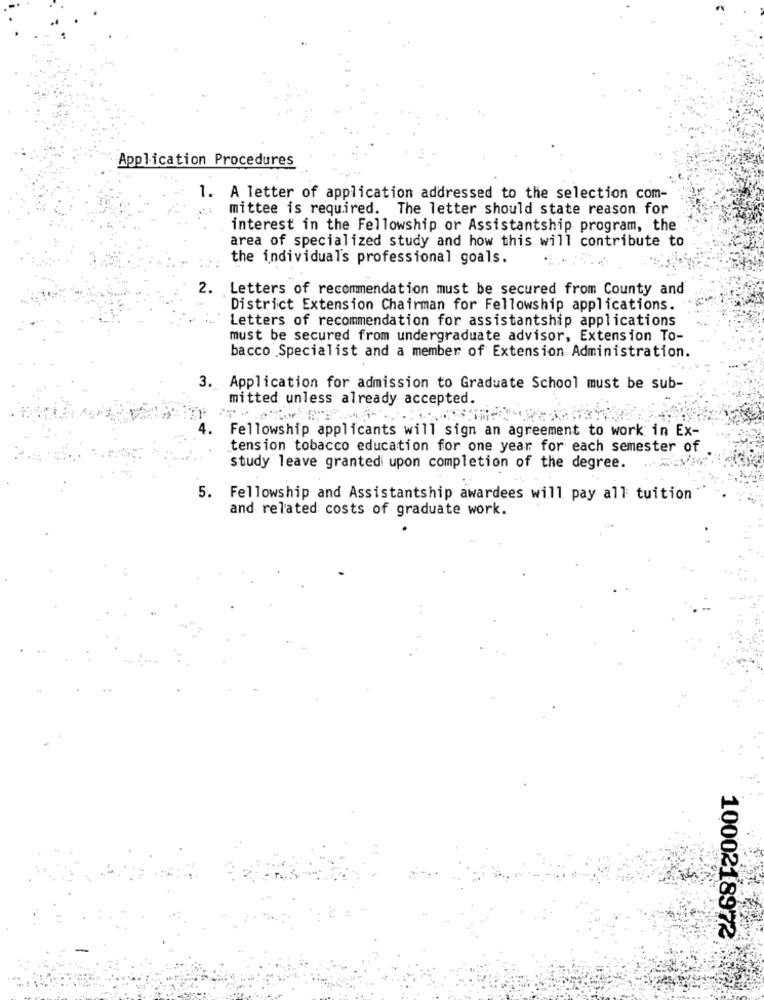
Application Procedures
1. A letter of application addressed to the selection com-
mittee is required. The letter should state reason for
interest in the Fellowship or Assistantship program, the
area of specialized study and how this will contribute to
the individuals professional goals.
2.
Letters of recommendation must be secured from County and
District Extension Chairman for Fellowship applications.
Letters of recommendation for assistantship applications
must be secured from undergraduate advisor, Extension To-
bacco Specialist and a member of Extension Administration.
3. Application for admission to Graduate School must be sub-
mitted unless already accepted.
4.
Fellowship applicants will sign an agreement to work in Ex-
tension tobacco education for one year for each semester of
study leave granted upon completion of the degree.
5. Fellowship and Assistantship awardees will pay all tuition
and related costs of graduate work.
1000218972